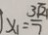
x _ { 1 } = \frac { 3 \sqrt { 2 1 } } { 7 }